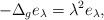
LaTeX: \begin{align*}-\Delta_g e_{\lambda}=\lambda^2e_{\lambda},\end{align*}